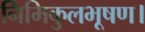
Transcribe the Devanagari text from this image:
निमिकुलभूषण।